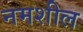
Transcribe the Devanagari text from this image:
नमशील